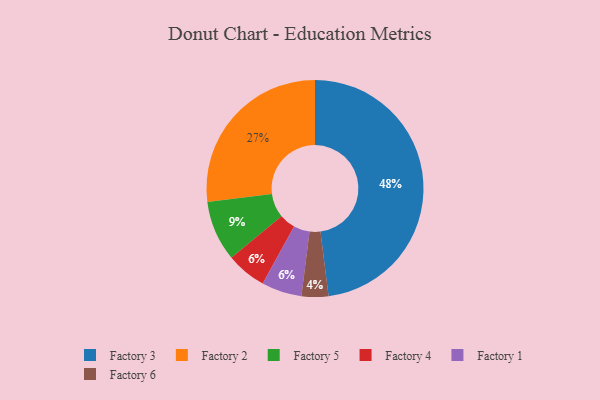
{"axis": {"x": "Category", "y": "Percentage"}, "legend": ["Factory 1", "Factory 2", "Factory 3", "Factory 4", "Factory 5", "Factory 6"], "data": [{"x": "Factory 4", "y": 6, "type": "Factory 4"}, {"x": "Factory 1", "y": 6, "type": "Factory 1"}, {"x": "Factory 2", "y": 27, "type": "Factory 2"}, {"x": "Factory 5", "y": 9, "type": "Factory 5"}, {"x": "Factory 6", "y": 4, "type": "Factory 6"}, {"x": "Factory 3", "y": 48, "type": "Factory 3"}]}